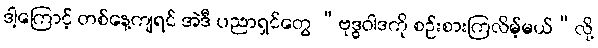
ဒါ့ကြောင့် တစ်နေ့ကျရင် အဲဒီ ပညာရှင်တွေ “ဗုဒ္ဓဝါဒကို စဉ်းစားကြလိမ့်မယ်”လို့